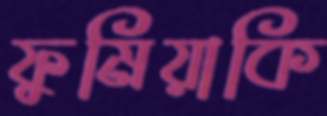
ফুমিয়াকি